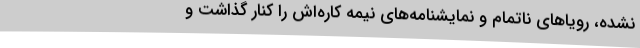
نشده، رویاهای ناتمام و نمایشنامه‌های نیمه کاره‌اش را کنار گذاشت و